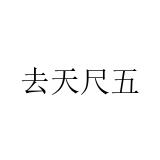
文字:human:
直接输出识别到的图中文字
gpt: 去天尺五